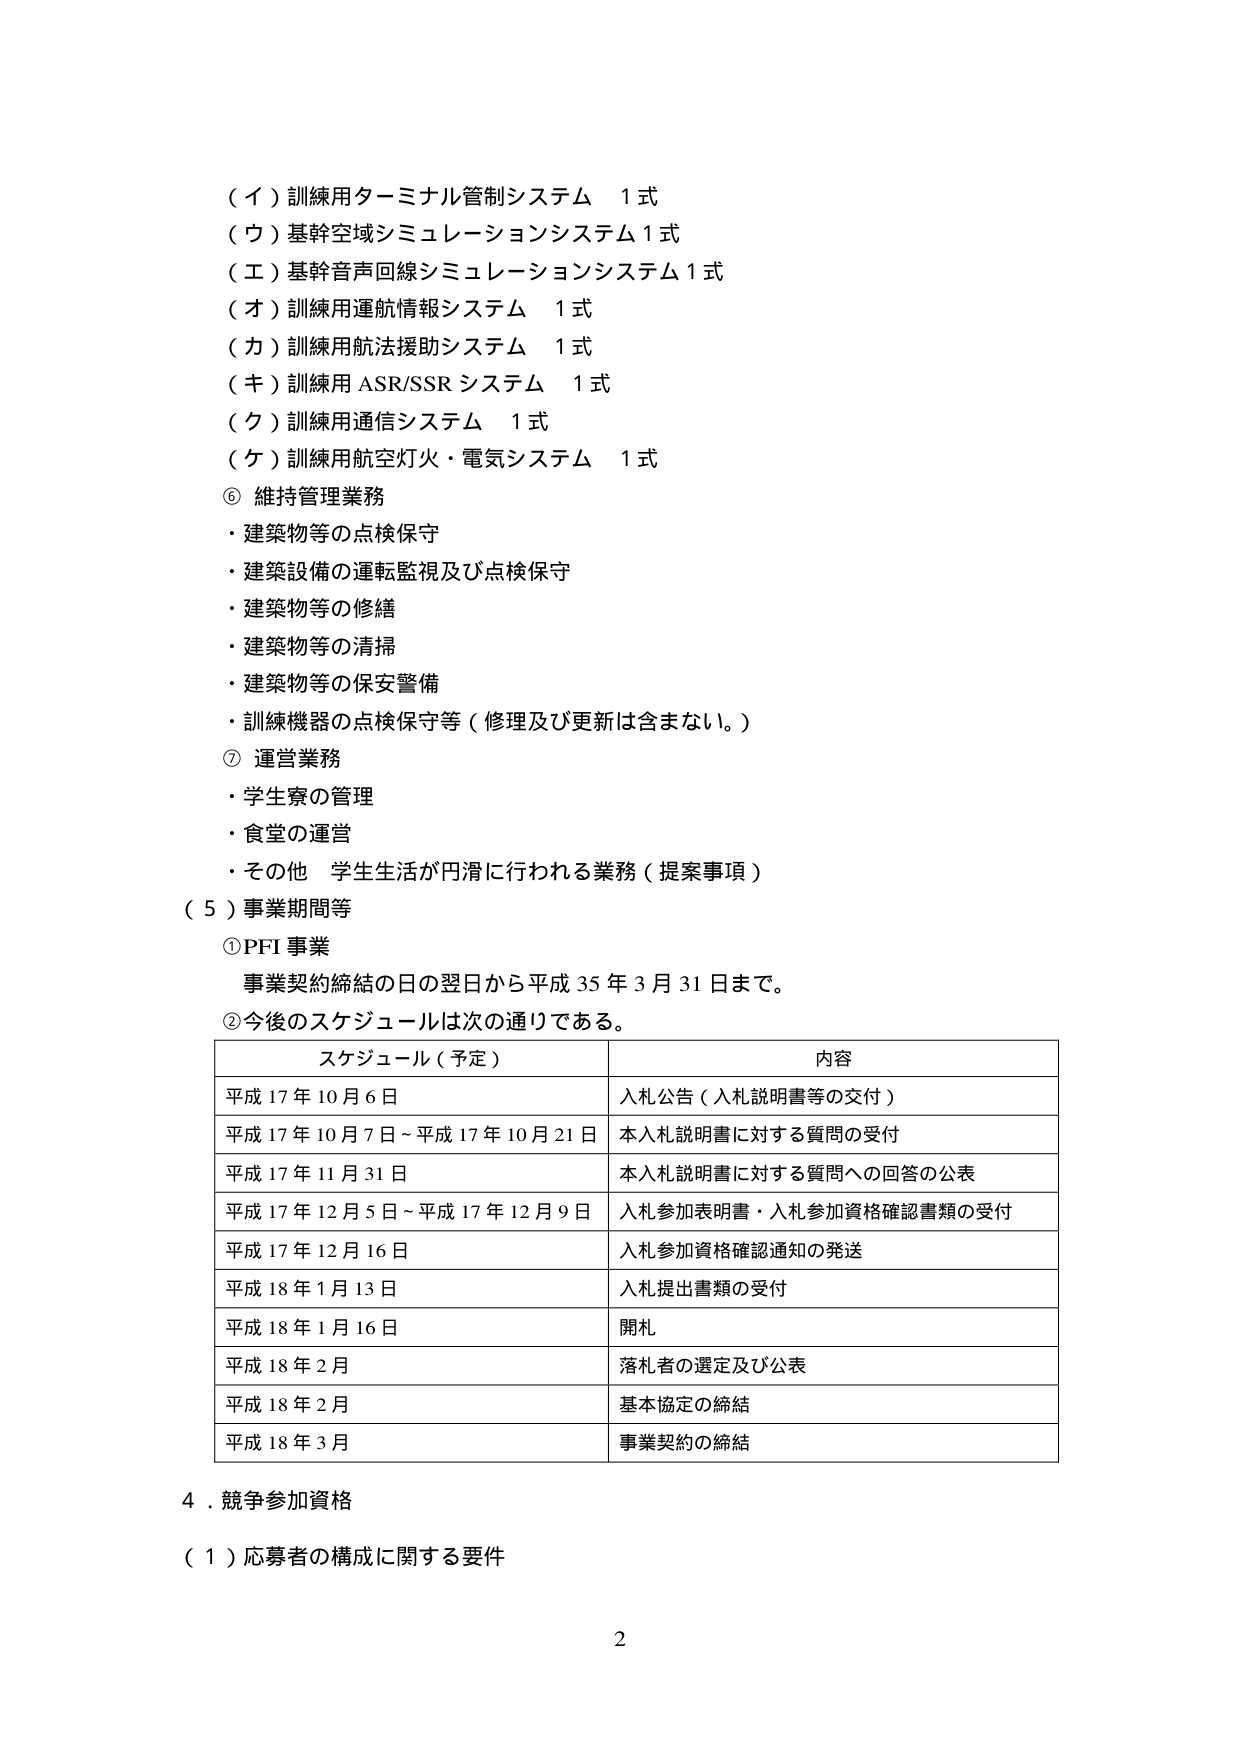
（イ）訓練用ターミナル管制システム　１式
（ウ）基幹空域シミュレーションシステム１式
（エ）基幹音声回線シミュレーションシステム１式
（オ）訓練用運航情報システム　１式
（カ）訓練用航法援助システム　１式
（キ）訓練用 ASR/SSR システム　１式
（ク）訓練用通信システム　１式
（ケ）訓練用航空灯火・電気システム　１式

⑥ 維持管理業務
・建築物等の点検保守
・建築設備の運転監視及び点検保守
・建築物等の修繕
・建築物等の清掃
・建築物等の保安警備
・訓練機器の点検保守等（修理及び更新は含まない。）

⑦ 運営業務
・学生寮の管理
・食堂の運営
・その他　学生生活が円滑に行われる業務（提案事項）

（５）事業期間等

① PFI 事業
事業契約締結の日の翌日から平成 35 年 3 月 31 日まで。

② 今後のスケジュールは次の通りである。

| スケジュール（予定） | 内容 |
|----------------------|------|
| 平成 17 年 10 月 6 日 | 入札公告（入札説明書等の交付） |
| 平成 17 年 10 月 7 日～平成 17 年 10 月 21 日 | 本入札説明書に対する質問の受付 |
| 平成 17 年 11 月 31 日 | 本入札説明書に対する質問への回答の公表 |
| 平成 17 年 12 月 5 日～平成 17 年 12 月 9 日 | 入札参加表明書・入札参加資格確認書類の受付 |
| 平成 17 年 12 月 16 日 | 入札参加資格確認通知の発送 |
| 平成 18 年 1 月 13 日 | 入札提出書類の受付 |
| 平成 18 年 1 月 16 日 | 開札 |
| 平成 18 年 2 月 | 落札者の選定及び公表 |
| 平成 18 年 2 月 | 基本協定の締結 |
| 平成 18 年 3 月 | 事業契約の締結 |

4．競争参加資格

（１）応募者の構成に関する要件

2